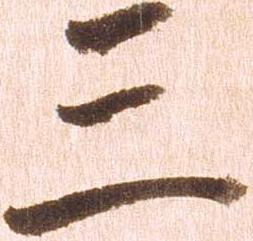
三